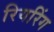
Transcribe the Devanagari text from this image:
रियरिंग